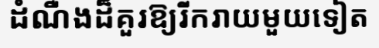
ដំណឺងដ៏គួរឱ្យរីករាយមួយទៀត